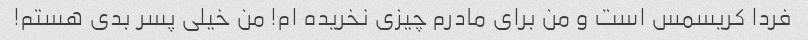
فردا کریسمس است و من برای مادرم چیزی نخریده ام! من خیلی پسر بدی هستم!